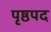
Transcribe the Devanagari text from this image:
पृष्ठपद